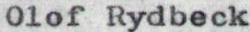
Olof Rydbeck